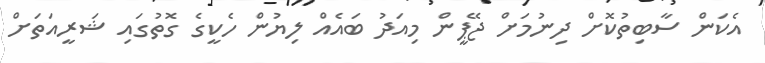
އެކަން ސާބިތުކޮށް ދިނުމަށް ޖޭޕީން މިއަދު ބައެއް ލިޔުން ހެކީގެ ގޮތުގައި ޝަރީއަތަށް